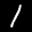
Digit: 1